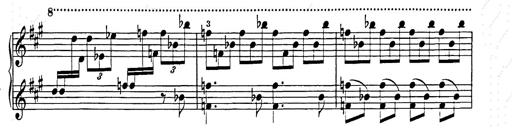
Title: Hungarian Rhapsody No.15
Composer: Franz Liszt
Key: A minor